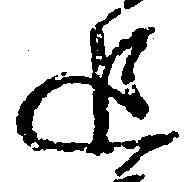
追